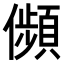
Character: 𠐺